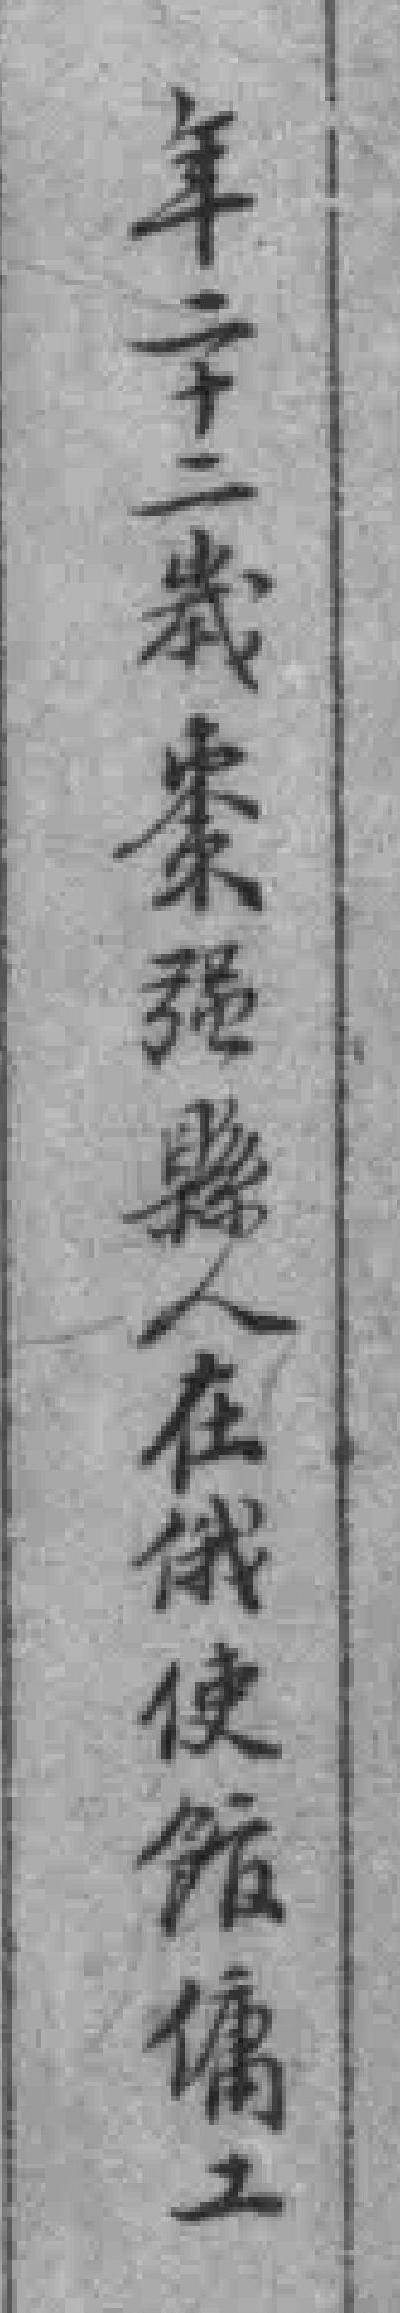
年二十二歲棗强縣人在俄使館傭工